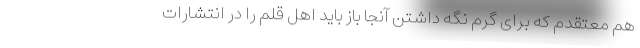
هم معتقدم که برای گرم نگه داشتن آنجا باز باید اهل قلم را در انتشارات